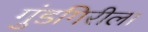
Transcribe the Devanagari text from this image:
गुंडगिरीला